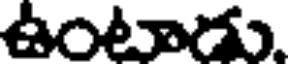
ఉంటాడు.